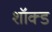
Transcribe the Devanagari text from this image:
शॉक्ड